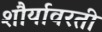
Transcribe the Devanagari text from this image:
शौर्यावरती